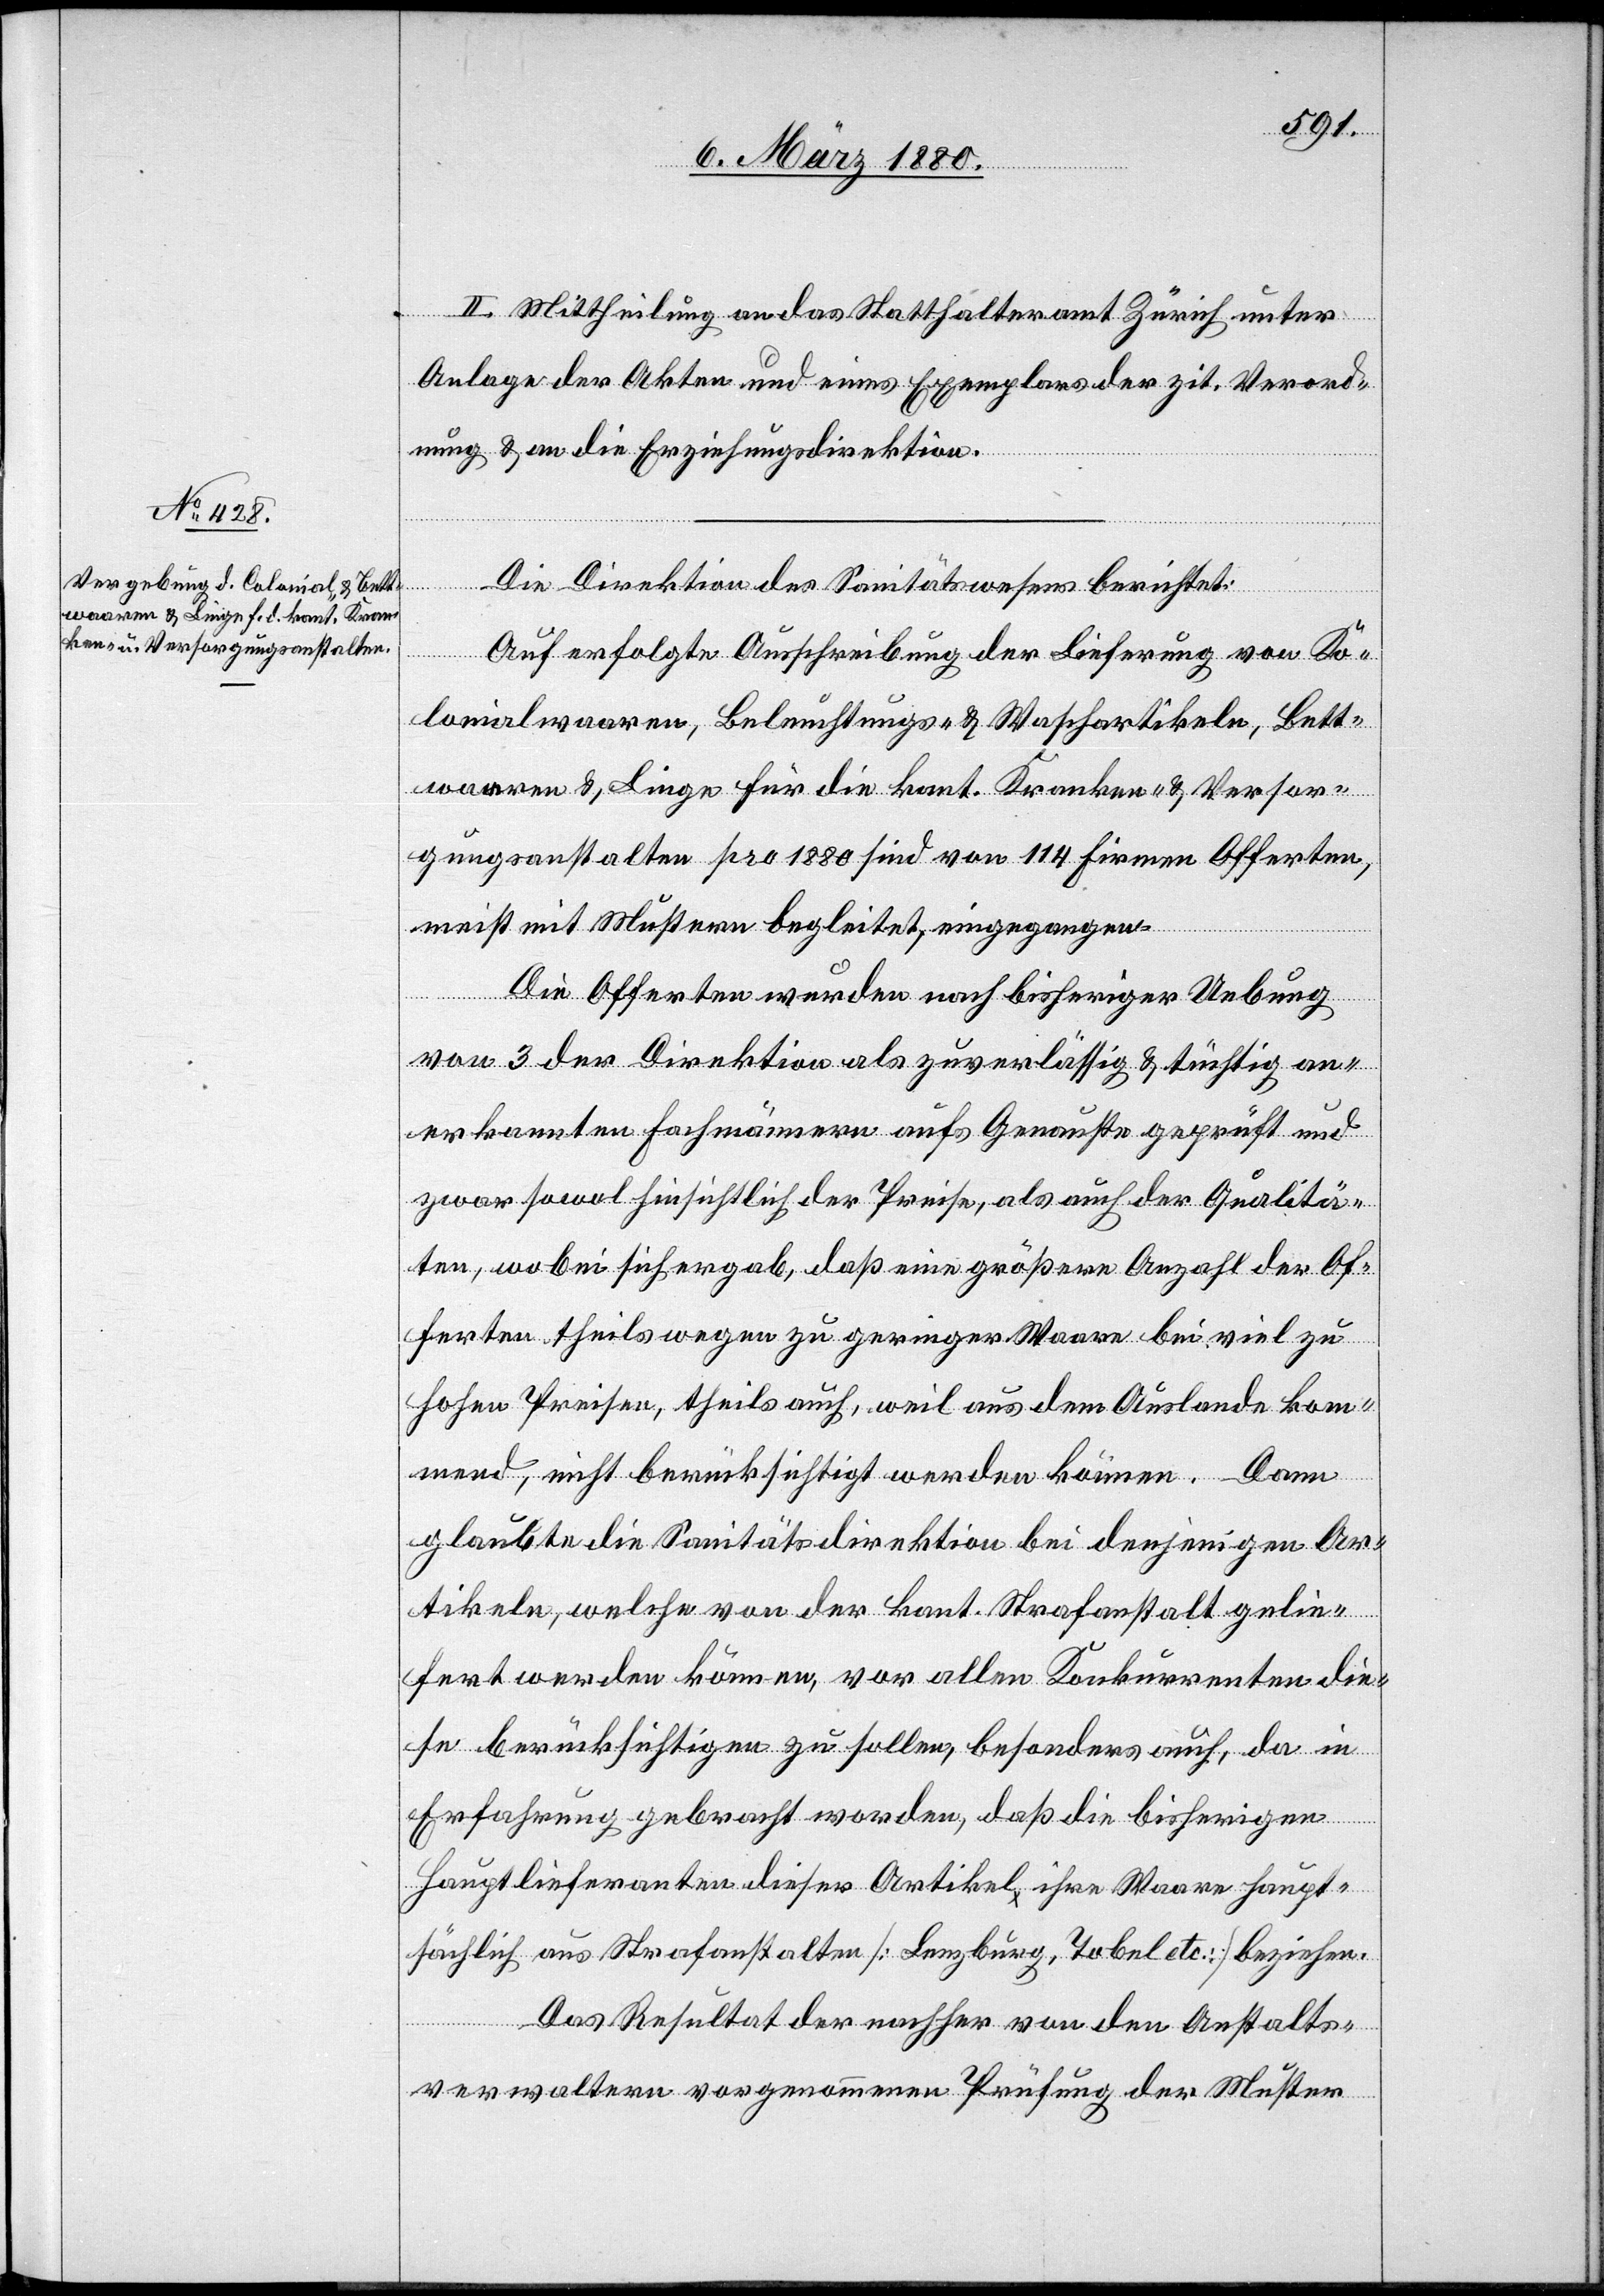
II. Mittheilung an das Statthalteramt Zürich unter
Anlage der Akten und eines Exemplars der zit. Verord¬
nung & an die Erziehungsdirektion.
Die Direktion des Sanitätswesens berichtet:
Auf erfolgte Ausschreibung der Lieferung von Ko¬
lonialwaaren, Beleuchtungs- & Waschartikeln, Bett¬
waaren & Liegen für die kant. Kranken- & Versor¬
gungsanstalten pro 1880 sind von 114 Firmen Offerten,
meist mit Muster begleitet, eingegangen.
Die Offerten wurden nach bisheriger Uebung
von 3 der Direktion als zuverlässig & tüchtig an¬
erkannten Fachmännern aufs Genaueste geprüft und
zwar sowol hinsichtlich der Preise, als auch der Qualitä¬
t, wobei sich ergab, daß eine größere Anzahl der Of¬
ferten theils wegen zu geringer Waare bei viel zu
hohen Preisen, theils auch, weil aus dem Auslande kom¬
mend, nicht berücksichtigt werden können. Dann
glaubte die Sanitätsdirektion bei denjenigen Ar¬
tikeln, welche von der kant. Strafanstalt gelie¬
fert werden können, vor allen Konkurrenten die¬
se berücksichtigen zu sollen, besonders auch, da in
Erfahrung gebracht worden, daß die bisherigen
Hauptlieferanten dieser Artikel ihre Waare haupt¬
sächlich aus Strafanstalten [Lenzburg, Tobel etc.] beziehen.
Das Resultat der nachher von den Anstalts¬
verwaltern vorgenommenen Prüfung der Muster